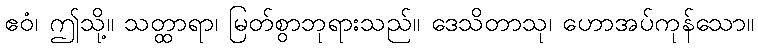
ဧဝံ၊ ဤသို့။ သတ္ထာရာ၊ မြတ်စွာဘုရားသည်။ ဒေသိတာသု၊ ဟောအပ်ကုန်သော။